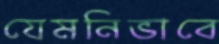
যেমনিভাবে